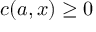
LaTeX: c ( a , x ) \geq 0